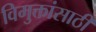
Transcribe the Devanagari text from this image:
विमुक्तांसाठी